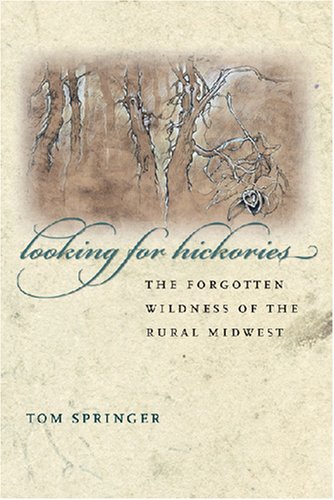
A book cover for Looking for Hickories: The Forgotten Wildness of the Rural Midwest; Thomas Springer; Humor & Entertainment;